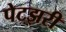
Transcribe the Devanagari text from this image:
पेटझरी